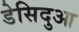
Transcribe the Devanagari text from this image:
डेसिदुआ